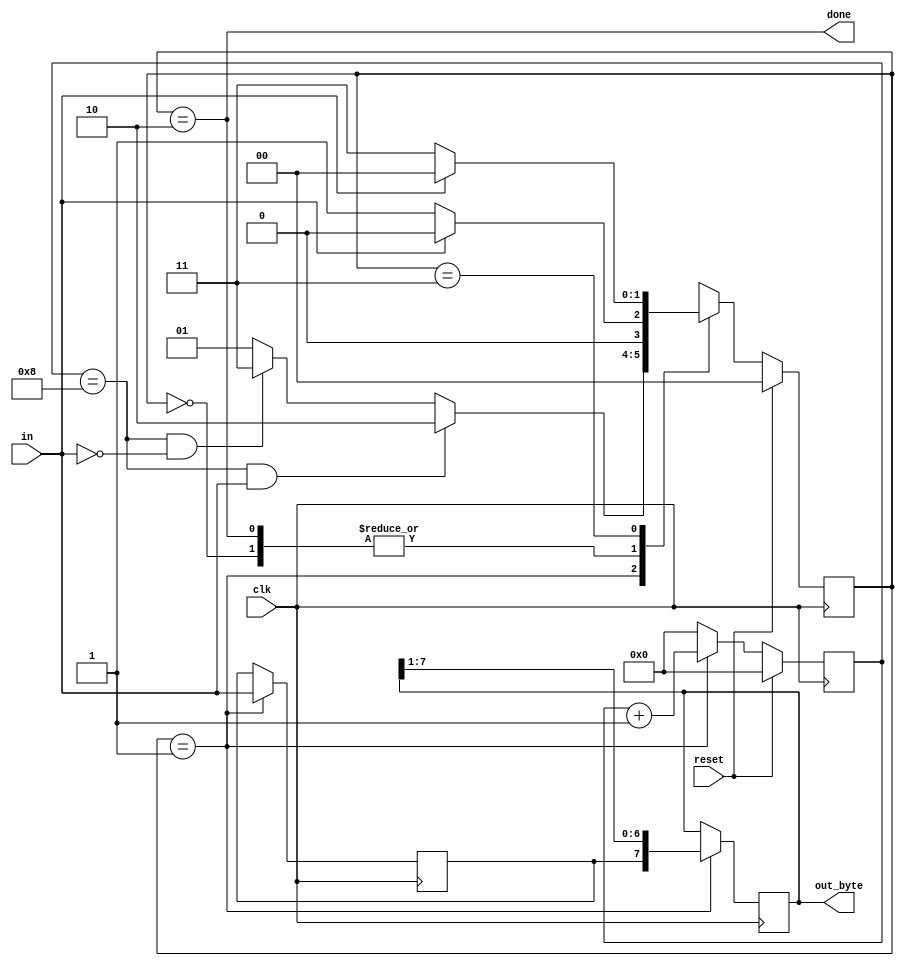
module top_module(
    input clk,
    input in,
    input reset,    // Synchronous reset
    output [7:0] out_byte,
    output done
); //

    // State Definition
    parameter [1:0] IDLE 	= 2'b00,  // Wait for start bit
    				DATA_RX = 2'b01,  // Once start bit is recieved jump to this state
    								  // count till 8 and check for Stop bit
    				DONE	= 2'b10,  // If Stop bit is recieved jump to this state
    								  // else jump tio ideal state
    				WAIT    = 2'b11;  // Wait here if Stop bit is not recieved
    
    reg [1:0] state, next_state;
    reg [3:0] counter;  // I dont know why HDL Bits is not supporting reg counters :-(
    
    always @ (*)
        begin
            case (state)
                IDLE: 	 next_state <= (~in) ? DATA_RX : IDLE;
                DATA_RX: next_state <= (counter == 4'b1000 && in) ? DONE : (counter == 4'b1000 && ~in) ? WAIT : DATA_RX;
                DONE: 	 next_state <= (~in) ? DATA_RX : IDLE;
                WAIT:    next_state <= (in) ? IDLE: WAIT;
            endcase
          end
    
    always @ (posedge clk)
        begin
            if (reset)
            	counter <= 0;
            else if (state == DATA_RX)
                counter <= counter + 4'b1;
            else
                counter <= 0;
        end
    
    always @ (posedge clk)
        begin
            if (reset)
                state <= IDLE;
            else
                state <= next_state;
        end
    
    assign done = (state == DONE);

    // New: Datapath to latch input bits.
    reg OUT_BIT;
    always @ (posedge clk)
        begin
            if (state == DATA_RX) begin
            OUT_BIT <= in;
            out_byte <= {OUT_BIT, out_byte[7:1]};
            end
            else
                out_byte <= out_byte;
        end

endmodule